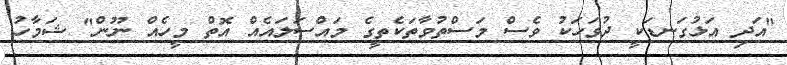
"އަދި އަޅުގަނޑަކީ ދުވަހަކު ވެސް މަސްތުވާތަކެތީގެ މައްސަލައެއް އޮތް މީހެއް ނޫން" ޝަމާހު